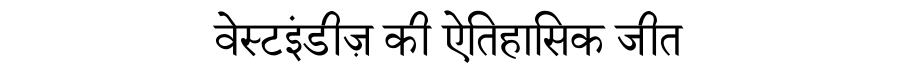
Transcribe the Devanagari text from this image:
वेस्टइंडीज़ की ऐतिहासिक जीत